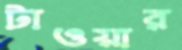
টাওয়ার